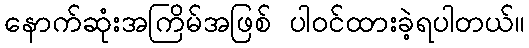
နောက်ဆုံးအကြိမ်အဖြစ် ပါဝင်ထားခဲ့ရပါတယ်။